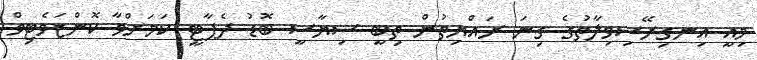
މިއީ އިނގިރޭސިވިލާތުގެ ގިނަ ރައްޔިތުން ތިބީ ސިޔާސީ ބޮޑު ދެޕާޓީ ކަމަށްވާ ކޮންޒަވެޓިވް